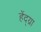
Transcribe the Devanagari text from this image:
हेंद्य्रा